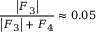
\frac { \left| F _ { 3 } \right| } { \left| F _ { 3 } \right| + F _ { 4 } } \approx 0 . 0 5